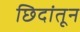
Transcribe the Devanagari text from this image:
छिदांतून